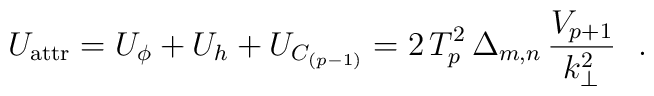
U_{\rm attr} = U_\phi+U_h+U_{C_{(p-1)}} = 2\,T_p^2\,\Delta_{m,n}\,\frac{V_{p+1}}{k_\bot^2}~~.